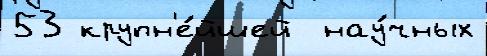
53 крупн'е́йшей  нау́чных